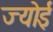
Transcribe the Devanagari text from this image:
ज्योई